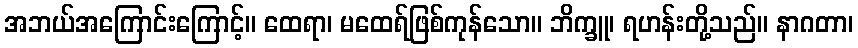
အဘယ်အကြောင်းကြောင့်။ ထေရာ၊ မထေရ်ဖြစ်ကုန်သော။ ဘိက္ခူ၊ ရဟန်းတို့သည်။ နာဂတာ၊